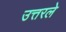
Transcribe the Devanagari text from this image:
उत्तरले